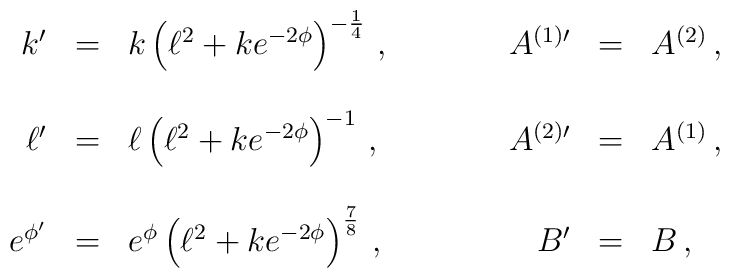
\begin{array}{rclrcl}k^{\prime} & = &k \left( \ell^{2} +ke^{-2\phi}\right)^{-\frac{1}{4}}\, ,\hspace{1.2cm}&A^{(1)\prime} & = & A^{(2)}\, ,\\& & & & &\\\ell^{\prime} & = &\ell \left( \ell^{2} +ke^{-2\phi}\right)^{-1}\, ,&A^{(2)\prime} & = & A^{(1)}\, ,\\& & & & &\\e^{\phi^{\prime}} & = &e^{\phi} \left( \ell^{2} +ke^{-2\phi}\right)^{\frac{7}{8}}\, ,&B^{\prime} & = & B\, ,\\\end{array}